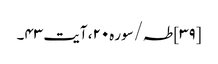
[۳۹] طہ/سوره۲۰، آیت ۴۳۔